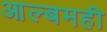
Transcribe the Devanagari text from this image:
आल्बमही